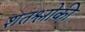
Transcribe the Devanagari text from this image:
शतश्लोकी